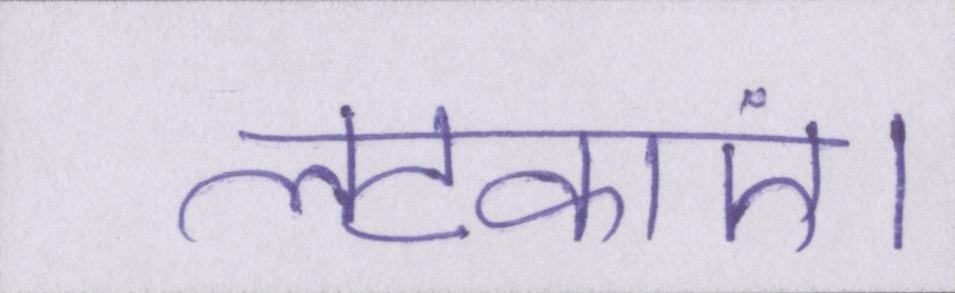
लटकाएं।